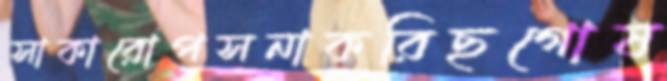
সাকারোপসনাকরিছগোষ